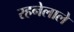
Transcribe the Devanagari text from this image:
रहनेलाले